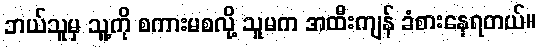
ဘယ်သူမှ သူ့ကို စကားမစလို့ သူမက အထီးကျန် ခံစားနေရတယ်။